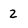
Character: 2